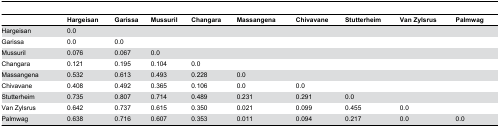
<table><thead><tr><td></td><td><b>Hargeisan</b></td><td><b>Garissa</b></td><td><b>Mussuril</b></td><td><b>Changara</b></td><td><b>Massangena</b></td><td><b>Chivavane</b></td><td><b>Stutterheim</b></td><td><b>Van Zylsrus</b></td><td><b>Palmwag</b></td></tr></thead><tbody><tr><td>Hargeisan</td><td>0.0</td><td></td><td></td><td></td><td></td><td></td><td></td><td></td><td></td></tr><tr><td>Garissa</td><td>0.0</td><td>0.0</td><td></td><td></td><td></td><td></td><td></td><td></td><td></td></tr><tr><td>Mussuril</td><td>0.076</td><td>0.067</td><td>0.0</td><td></td><td></td><td></td><td></td><td></td><td></td></tr><tr><td>Changara</td><td>0.121</td><td>0.195</td><td>0.104</td><td>0.0</td><td></td><td></td><td></td><td></td><td></td></tr><tr><td>Massangena</td><td>0.532</td><td>0.613</td><td>0.493</td><td>0.228</td><td>0.0</td><td></td><td></td><td></td><td></td></tr><tr><td>Chivavane</td><td>0.408</td><td>0.492</td><td>0.365</td><td>0.106</td><td>0.0</td><td>0.0</td><td></td><td></td><td></td></tr><tr><td>Stutterheim</td><td>0.735</td><td>0.807</td><td>0.714</td><td>0.489</td><td>0.231</td><td>0.291</td><td>0.0</td><td></td><td></td></tr><tr><td>Van Zylsrus</td><td>0.642</td><td>0.737</td><td>0.615</td><td>0.350</td><td>0.021</td><td>0.099</td><td>0.455</td><td>0.0</td><td></td></tr><tr><td>Palmwag</td><td>0.638</td><td>0.716</td><td>0.607</td><td>0.353</td><td>0.011</td><td>0.094</td><td>0.217</td><td>0.0</td><td>0.0</td></tr></tbody></table>